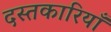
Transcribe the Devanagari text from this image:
दस्तकारियाँ